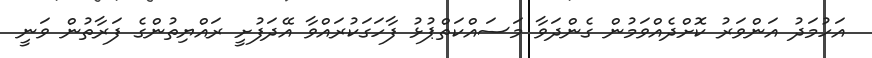
އަހުމަދު އަންވަރު ކޮށްދެއްވަމުން ގެންދަވާ މަސައްކަތްޕުޅު ފާހަގަކުރައްވާ އޭދަފުށީ ރައްޔިތުންގެ ފަރާތުން ވަނީ